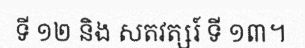
ទី ១២ និង សតវត្សរ៍ ទី ១៣។